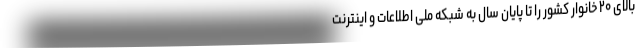
بالای ۲۰ خانوار کشور را تا پایان سال به شبکه ملی اطلاعات و اینترنت